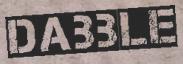
DABBLE